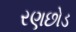
રણછોડ